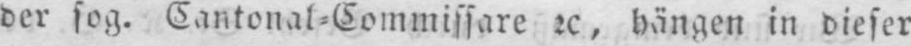
der sog. Cantonal⸗Commissare etc, hängen in dieser